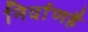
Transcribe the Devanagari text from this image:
निर्वाणहै